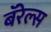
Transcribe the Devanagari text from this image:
बॅरेल्स